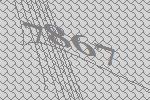
7867